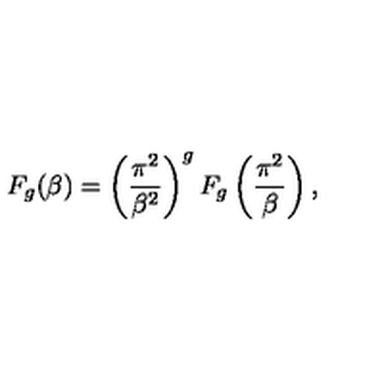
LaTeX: F _ { g } ( \beta ) = \left( \frac { \pi ^ { 2 } } { \beta ^ { 2 } } \right) ^ { g } F _ { g } \left( \frac { \pi ^ { 2 } } { \beta } \right) ,